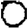
Digit: 0